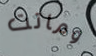
وماتت